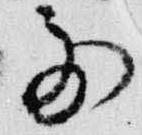
別